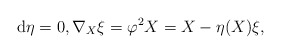
\begin{align*}{\rm d}\eta =0, \nabla_X \xi = \varphi^2 X = X- \eta(X)\xi,\end{align*}